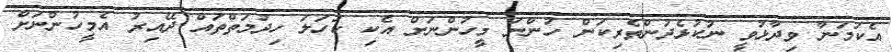
އެކަމަނާ ވިދާޅުވީ ނުކުޅެދުންތެރިކަން ހުންނަ މީހުންނަށް އެކި ކަހަލަ ހިދުމަތްތައް ދޭއިރު އެމީހުންނަށް